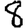
Digit: 8